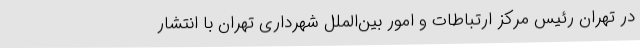
در تهران رئیس مرکز ارتباطات و امور بین‌الملل شهرداری تهران با انتشار